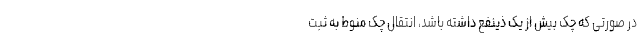
در صورتی که چک بیش از یک ذینفع داشته باشد، انتقال چک منوط به ثبت